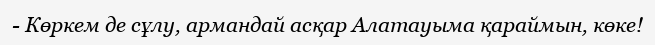
- Көркем де сұлу, армандай асқар Алатауыма қараймын, көке!